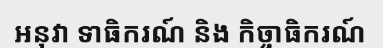
អនុវា ទាធិករណ៍ និង កិច្ចាធិករណ៍